Source: Handwritten
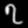
Digit: ၇ (7)